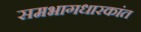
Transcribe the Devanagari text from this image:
समभागधारकांत